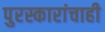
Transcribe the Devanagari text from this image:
पुरस्कारांचाही